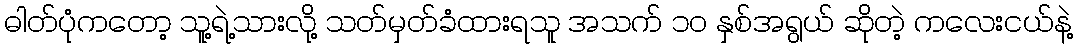
ဓါတ်ပုံကတော့ သူ့ရဲ့သားလို့ သတ်မှတ်ခံထားရသူ အသက် ၁၀ နှစ်အရွယ် ဆိုတဲ့ ကလေးငယ်နဲ့